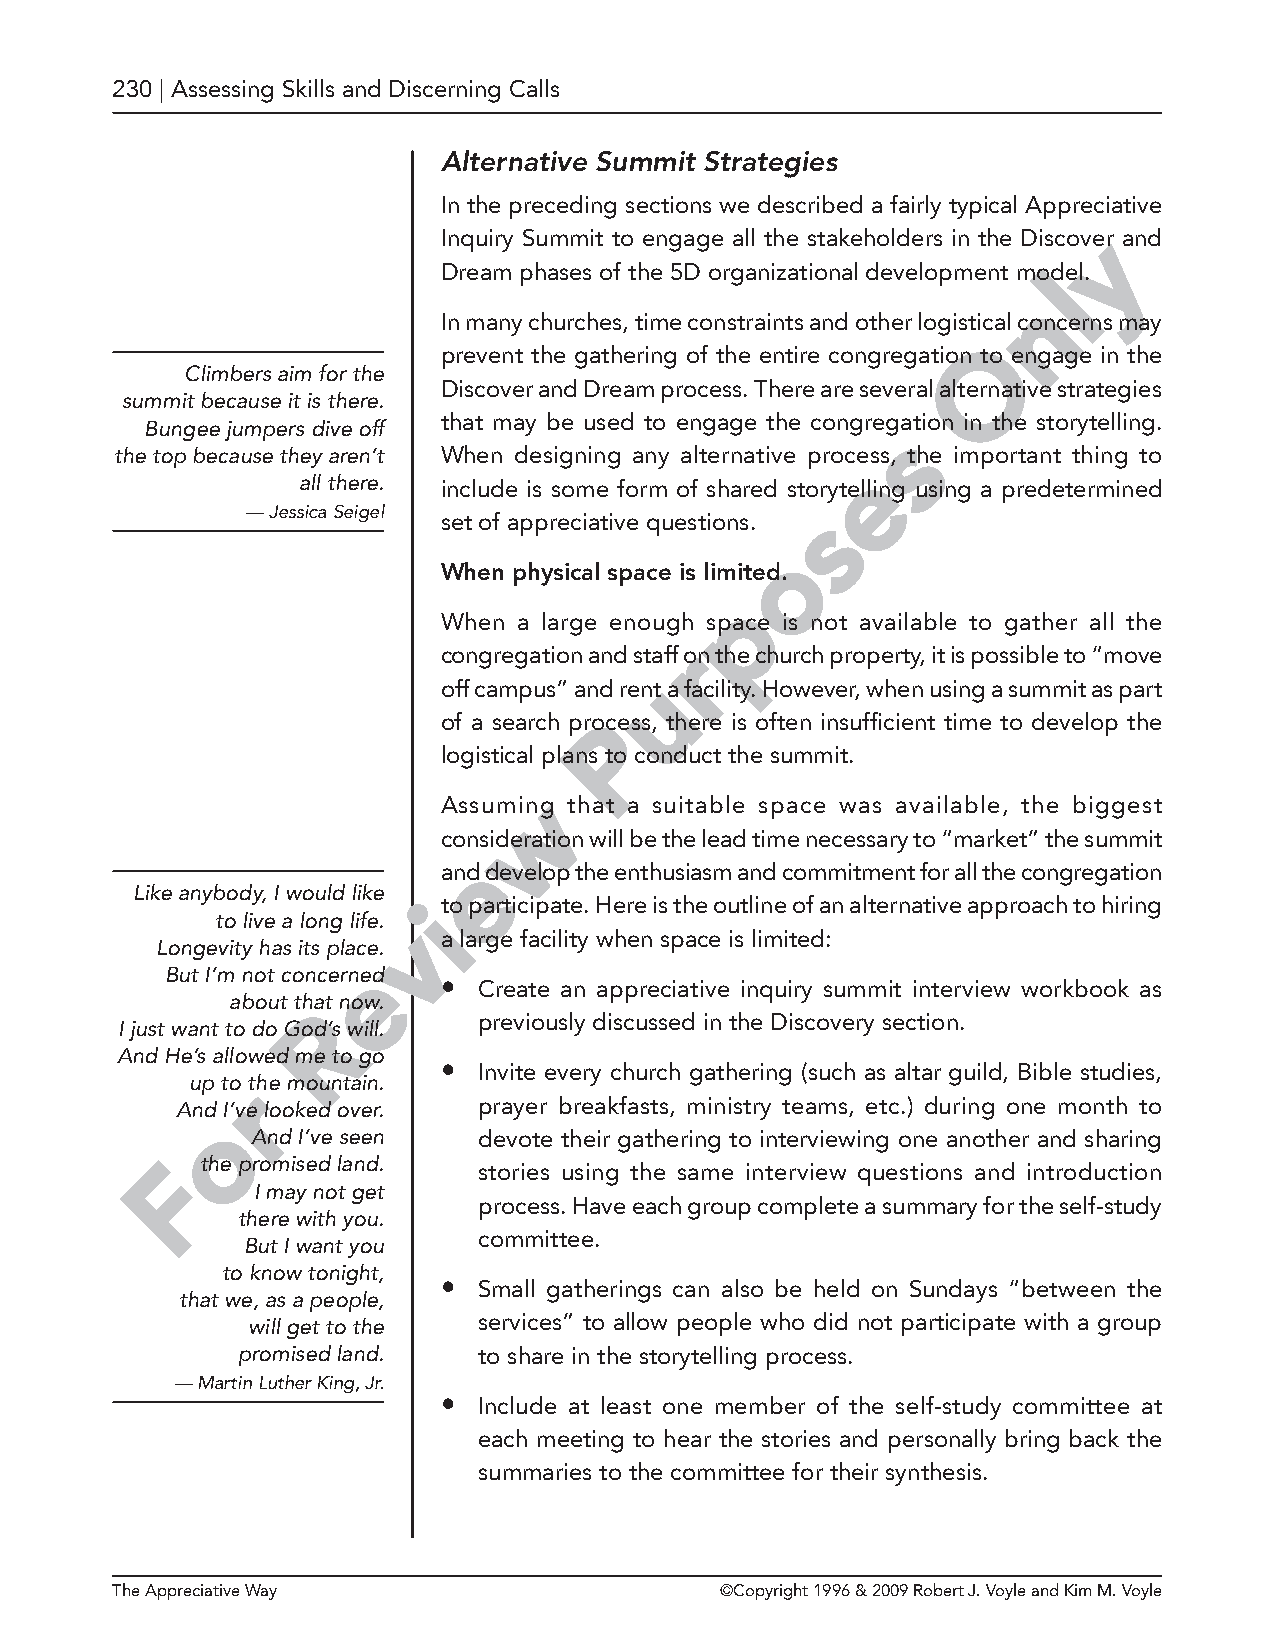
230 | Assessing Skills and Discerning Calls
 Alternative Summit Strategies
 In the preceding sections we described a fairly typical Appreciative
 Inquiry Summit to engage all the stakeholders in the Discovyer and
 Dream phases of the 5D organizational development moldel.
 n
 In many churches, time constraints and other logistical concerns may
 O
 prevent the gathering of the entire congregation to engage in the
 Climbers aim for the
 Discover and Dream process. There are several alternative strategies
 summit because it is there.
 that may be used to engage the congregation in the storytelling.
 Bungee jumpers dive off                          s
 the top because they aren’t When designing any alternative process, the important thing to
 e
 all there. include is some form of shared storytelling using a predetermined
 — Jessica Seigel                      s
 set of appreciative questions.
 o
 When physical space is limited.
 p
 When a large enough space is not available to gather all the
 r
 congregation and staff on the church property, it is possible to “move
 u
 off campus” and rent a facility. However, when using a summit as part
 of a search proPcess, there is often insufficient time to develop the
 logistical plans to conduct the summit.
 w
 Assuming that a suitable space was available, the biggest
 consideration will be the lead time necessary to “market” the summit
 e
 and develop the enthusiasm and commitment for all the congregation
 Like anybody, I would like
 ito participate. Here is the outline of an alternative approach to hiring
 to live a long life. v
 a large facility when space is limited:
 Longevity has its place.
 e
 But I’m not concerned
 •  Create an appreciative inquiry summit interview workbook as
 about that now.
 R
 previously discussed in the Discovery section.
 I just want to do God’s will.
 And He’s allowed me to go
 •  Invite every church gathering (such as altar guild, Bible studies,
 up tor the mountain.
 And I’ve looked over. prayer breakfasts, ministry teams, etc.) during one month to
 o
 And I’ve seen  devote their gathering to interviewing one another and sharing
 F the promised land. stories using the same interview questions and introduction
 I may not get
 process. Have each group complete a summary for the self-study
 there with you.
 committee.
 But I want you
 to know tonight,
 •  Small gatherings can also be held on Sundays “between the
 that we, as a people,
 will get to the services” to allow people who did not participate with a group
 promised land.  to share in the storytelling process.
 — Martin Luther King, Jr.
 •  Include at least one member of the self-study committee at
 each meeting to hear the stories and personally bring back the
 summaries to the committee for their synthesis.
 The Appreciative Way                     ©Copyright 1996 & 2009 Robert J. Voyle and Kim M. Voyle